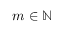
m \in \mathbb { N }